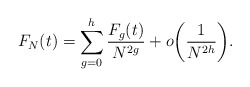
\begin{align*}F_N(t) = \sum_{g=0}^h \frac{F_g(t)}{N^{2g}} + o\bigg{(} \frac{1}{N^{2h}} \bigg{)}.\end{align*}